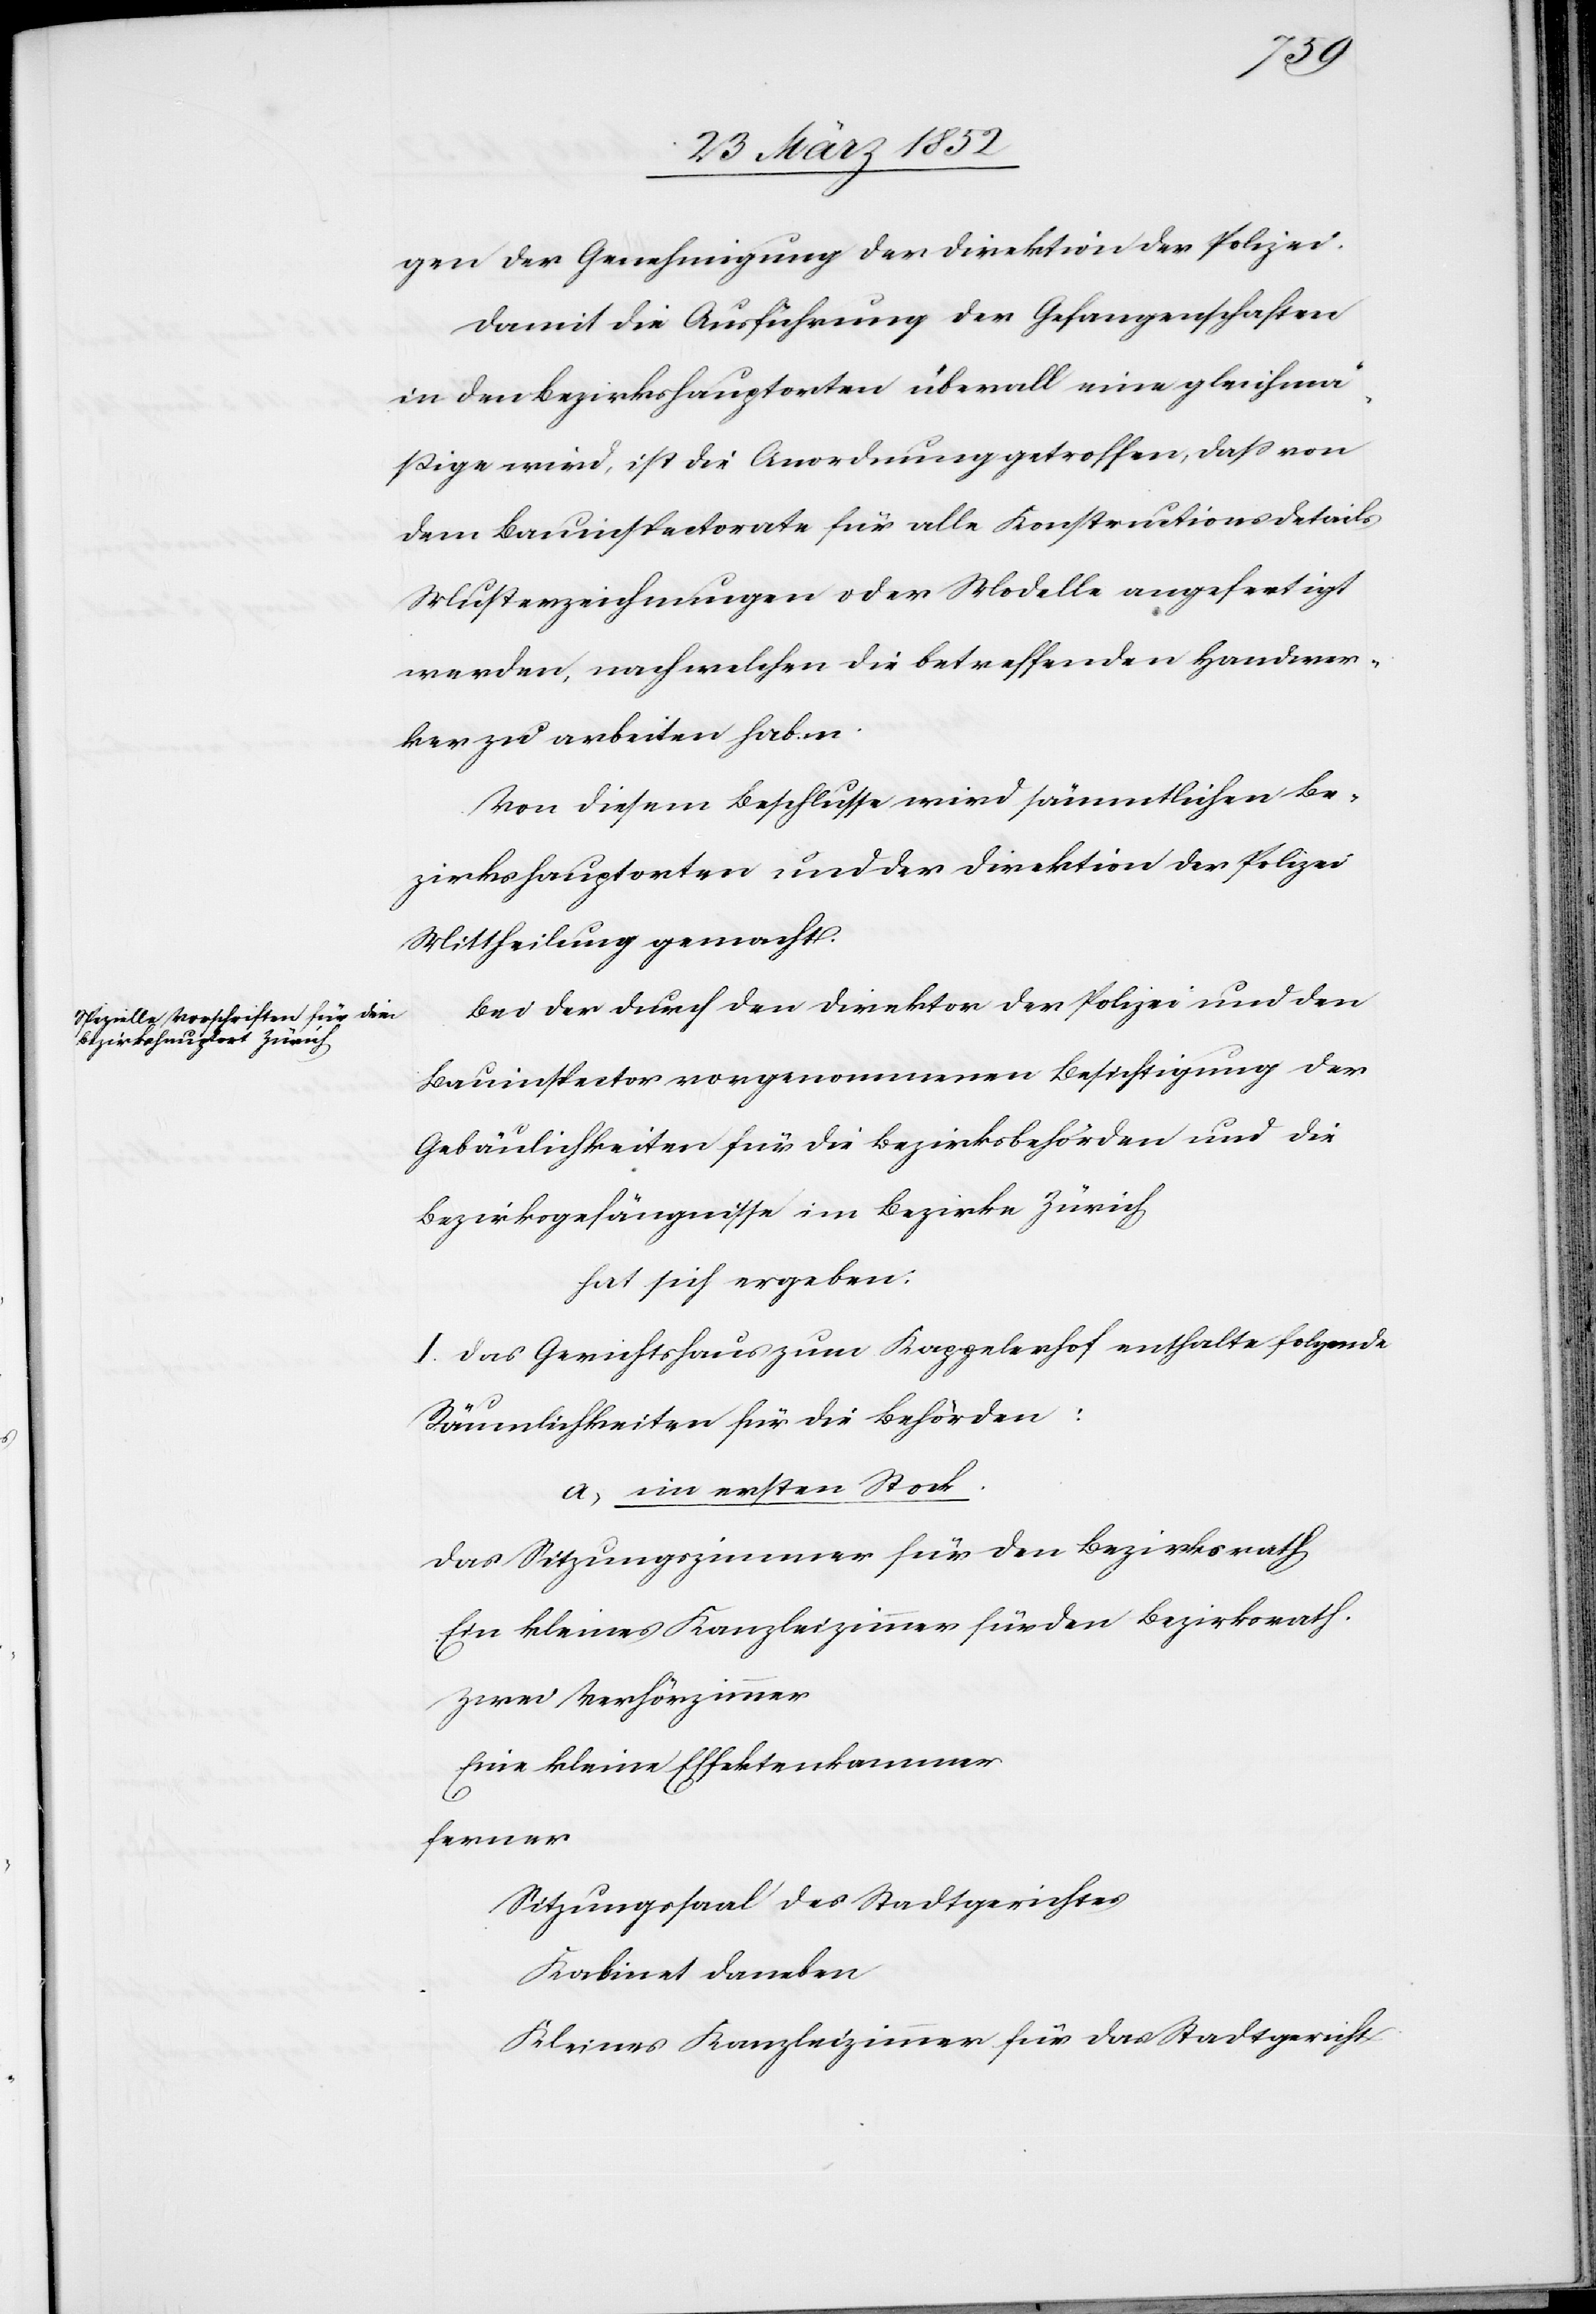
gen der Genehmigung der Direktion der Polizei.
Damit die Ausführung der Gefangenschaften
in den Bezirkshauptorten überall eine gleichmä¬
ßige wird, ist die Anordnung getroffen, daß von
dem Bauinspectorate für alle Konstructionsdetails
Musterzeichnungen oder Modelle angefertigt
werden, nach welchen die betreffenden Handwer¬
ker zu arbeiten haben.
Von diesem Beschlusse wird sämmtlichen Be¬
zirkshauptorten und der Direktion der Polizei
Mittheilung gemacht.
Bei der durch den Direktor der Polizei und den
Bauinspector vorgenommenen Besichtigung der
Gebäulichkeiten für die Bezirksbehörden und die
Bezirksgefängnisse im Bezirke Zürich
hat sich ergeben:
I. Das Gerichtshaus zum Kappelerhof enthalte folgende
Räumlichkeiten für die Behörden:
a) im ersten Stock.
Das Sitzungszimmer für den Bezirksrath
Ein kleines Kanzleizimmer für den Bezirksrath.
Zwei Verhörzimmer
Eine kleine Effektenkammer
ferner
Sitzungssaal des Stadtgerichtes
Kabinet daneben
Kleines Kanzleyzimmer für das Stadtgericht